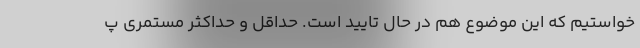
خواستیم که این موضوع هم در حال تایید است. حداقل و حداکثر مستمری پ